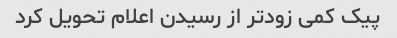
پیک کمی زودتر از رسیدن اعلام تحویل کرد